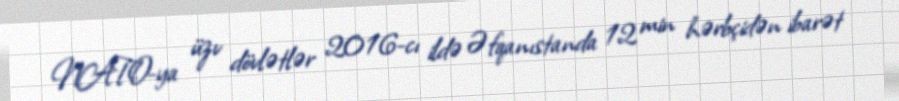
NATO-ya üzv dövlətlər 2016-cı ildə Əfqanıstanda 12 min hərbçidən ibarət